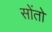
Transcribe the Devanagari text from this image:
सोंतो